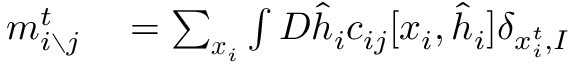
\begin{array} { r l } { m _ { i \setminus j } ^ { t } } & { { } = \sum _ { \boldsymbol { x } _ { i } } \int D \hat { \boldsymbol { h } } _ { i } c _ { i j } [ \boldsymbol { x } _ { i } , \hat { \boldsymbol { h } } _ { i } ] \delta _ { x _ { i } ^ { t } , I } } \end{array}